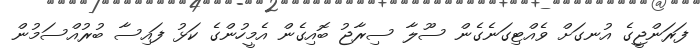
ފަރަންޖީގެ އުނގަށް ވެއްޓިގަނެގެން ސޫލާ ސިރާޖު ބޮއިގެން އެމީހުންގެ ކަޅު ފައިސާ ބުރުއްސަމުން